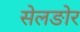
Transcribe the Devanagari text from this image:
सेलङोर